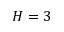
H = 3